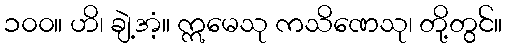
၁၀၀။ ဟိ၊ ချဲ့အံ့။ ဣမေသု ကသိဏေသု၊ တို့တွင်။